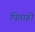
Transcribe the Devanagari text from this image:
पिताही